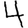
Digit: 4